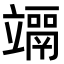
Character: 𥫀